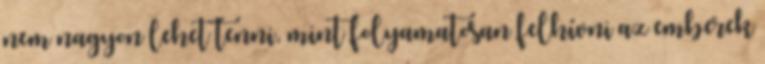
nem nagyon lehet tenni, mint folyamatosan felhívni az emberek